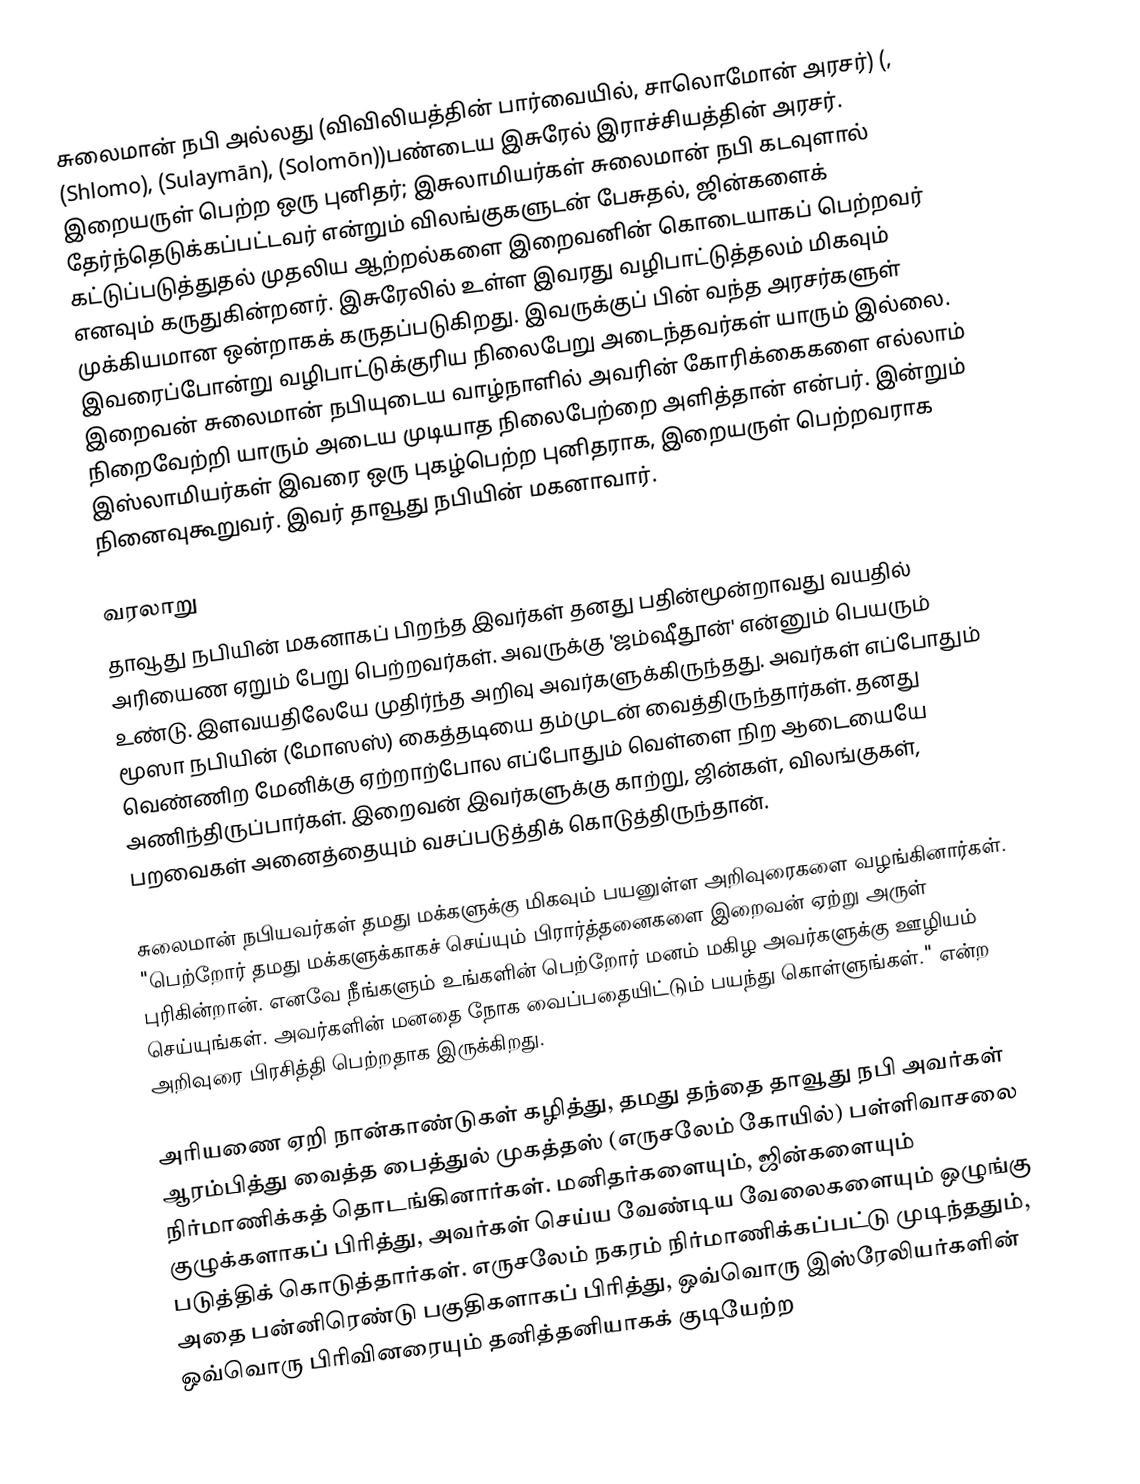
சுலைமான் நபி அல்லது (விவிலியத்தின் பார்வையில், சாலொமோன் அரசர்) (,  (Shlomo),   (Sulaymān),  (Solomōn))பண்டைய இசுரேல் இராச்சியத்தின் அரசர். இறையருள் பெற்ற ஒரு புனிதர்; இசுலாமியர்கள் சுலைமான் நபி கடவுளால் தேர்ந்தெடுக்கப்பட்டவர் என்றும் விலங்குகளுடன் பேசுதல், ஜின்களைக் கட்டுப்படுத்துதல் முதலிய  ஆற்றல்களை இறைவனின் கொடையாகப் பெற்றவர் எனவும் கருதுகின்றனர்.  இசுரேலில் உள்ள இவரது வழிபாட்டுத்தலம் மிகவும் முக்கியமான ஒன்றாகக் கருதப்படுகிறது. இவருக்குப் பின் வந்த அரசர்களுள் இவரைப்போன்று வழிபாட்டுக்குரிய நிலைபேறு அடைந்தவர்கள் யாரும் இல்லை.  இறைவன் சுலைமான் நபியுடைய வாழ்நாளில் அவரின் கோரிக்கைகளை எல்லாம் நிறைவேற்றி யாரும் அடைய முடியாத நிலைபேற்றை அளித்தான் என்பர். இன்றும் இஸ்லாமியர்கள் இவரை ஒரு புகழ்பெற்ற  புனிதராக, இறையருள் பெற்றவராக நினைவுகூறுவர். இவர் தாவூது நபியின் மகனாவார்.

வரலாறு
தாவூது நபியின் மகனாகப் பிறந்த இவர்கள் தனது பதின்மூன்றாவது வயதில் அரியைண ஏறும் பேறு பெற்றவர்கள். அவருக்கு 'ஜம்ஷீதூன்' என்னும் பெயரும் உண்டு. இளவயதிலேயே முதிர்ந்த அறிவு அவர்களுக்கிருந்தது. அவர்கள் எப்போதும் மூஸா நபியின் (மோஸஸ்) கைத்தடியை தம்முடன் வைத்திருந்தார்கள். தனது வெண்ணிற மேனிக்கு ஏற்றாற்போல எப்போதும் வெள்ளை நிற ஆடையையே அணிந்திருப்பார்கள். இறைவன் இவர்களுக்கு காற்று, ஜின்கள், விலங்குகள், பறவைகள் அனைத்தையும் வசப்படுத்திக் கொடுத்திருந்தான்.

சுலைமான் நபியவர்கள் தமது மக்களுக்கு மிகவும் பயனுள்ள அறிவுரைகளை வழங்கினார்கள். "பெற்றோர் தமது மக்களுக்காகச் செய்யும் பிரார்த்தனைகளை இறைவன் ஏற்று அருள் புரிகின்றான். எனவே நீங்களும் உங்களின் பெற்றோர் மனம் மகிழ அவர்களுக்கு ஊழியம் செய்யுங்கள். அவர்களின் மனதை நோக வைப்பதையிட்டும் பயந்து கொள்ளுங்கள்." என்ற அறிவுரை பிரசித்தி பெற்றதாக இருக்கிறது.

அரியணை ஏறி நான்காண்டுகள் கழித்து, தமது தந்தை தாவூது நபி அவர்கள் ஆரம்பித்து வைத்த பைத்துல் முகத்தஸ் (எருசலேம் கோயில்) பள்ளிவாசலை நிர்மாணிக்கத் தொடங்கினார்கள். மனிதர்களையும், ஜின்களையும் குழுக்களாகப் பிரித்து, அவர்கள் செய்ய வேண்டிய வேலைகளையும் ஒழுங்கு படுத்திக் கொடுத்தார்கள். எருசலேம் நகரம் நிர்மாணிக்கப்பட்டு முடிந்ததும், அதை பன்னிரெண்டு பகுதிகளாகப் பிரித்து, ஒவ்வொரு இஸ்ரேலியர்களின் ஒவ்வொரு பிரிவினரையும் தனித்தனியாகக் குடியேற்ற